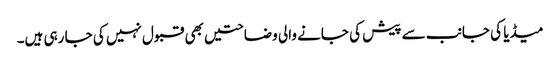
میڈیا کی جانب سے پیش کی جانے والی وضاحتیں بھی قبول نہیں کی جا رہی ہیں۔